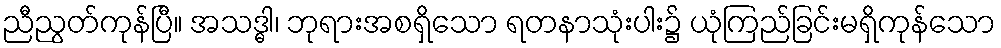
ညီညွတ်ကုန်ပြီ။ အသဒ္ဓါ၊ ဘုရားအစရှိသော ရတနာသုံးပါး၌ ယုံကြည်ခြင်းမရှိကုန်သော